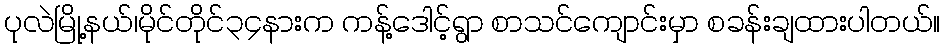
ပုလဲမြို့နယ်၊မိုင်တိုင်၃၄နားက ကန့်ဒေါင့်ရွာ စာသင်ကျောင်းမှာ စခန်းချထားပါတယ်။